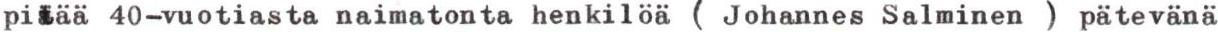
pitää 40-vuotiasta naimatonta henkilöä ( Johannes Salminen ) pätevänä